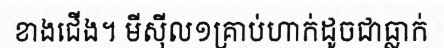
ខាងជើង។ មីស៊ីល១គ្រាប់ហាក់ដូចជាធ្លាក់